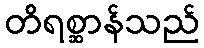
တိရစ္ဆာန်သည်